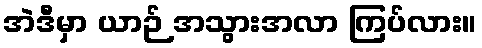
အဲဒီမှာ ယာဉ် အသွားအလာ ကြပ်လား။